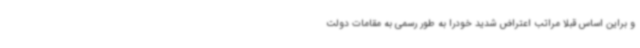
و براین اساس قبلا مراتب اعتراض شدید خودرا به طور رسمی به مقامات دولت